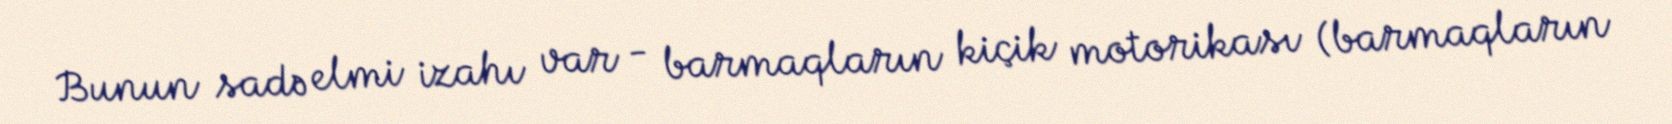
Bunun sadə elmi izahı var - barmaqların kiçik motorikası (barmaqların